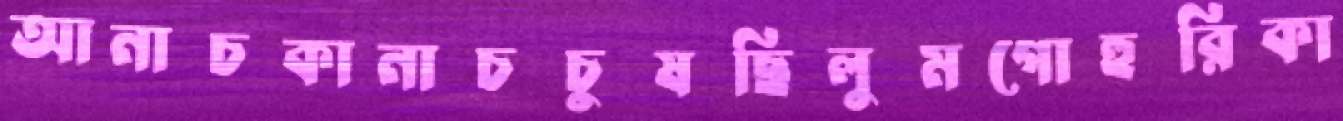
আনাচকানাচচুষছিলুমগোহুরিকা